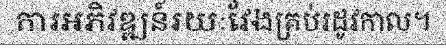
ការអភិវឌ្ឍន៍រយៈវែងគ្រប់រដូវកាល។